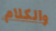
والكلام